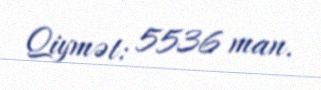
Qiymət: 5536 man.